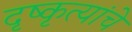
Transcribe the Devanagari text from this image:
दृष्कृत्यांचे